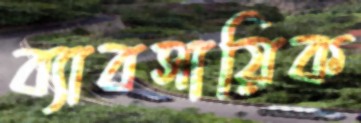
ব্যাবসায়িক